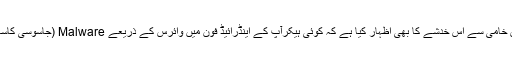
یونیورسٹی آف ٹیکساس کے ماہرین نے اینڈرائیڈ فونز کی اس خامی سے اس خدشے کا بھی اظہار کیا ہے کہ کوئی ہیکرآپ کے اینڈرائیڈ فون میں وائرس کے ذریعے Malware (جاسوسی کاسافٹ ویئر) انسٹال کرکے آپ کا ذاتی ڈیٹا چوری کر سکتا ہے۔